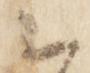
云